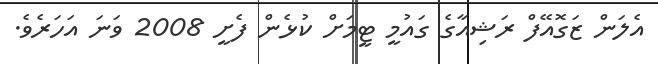
އެލަން ޒަގޮއޭފް ރަޝިއާގެ ގައުމީ ޓީމަށް ކުޅެން ފެށީ 2008 ވަނަ އަހަރެވެ.